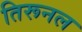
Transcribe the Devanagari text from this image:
तिरूनल